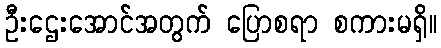
ဦးဌေးအောင်အတွက် ပြောစရာ စကားမရှိ။